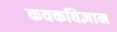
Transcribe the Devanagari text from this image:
कवकविज्ञान